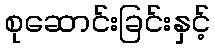
စုဆောင်းခြင်းနှင့်